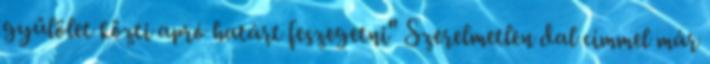
gyűlölet közti apró határt feszegetni" Szerelmetlen dal címmel már